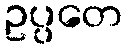
ဥပ္ပတေ